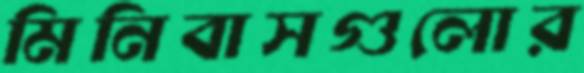
মিনিবাসগুলোর